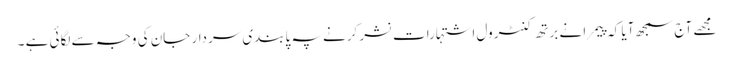
مجھے آج سمجھ آیا کہ پیمرا نے برتھ کنٹرول اشتہارات نشر کرنے پہ پابندی سردار جان کی وجہ سے لگائی ہے ۔